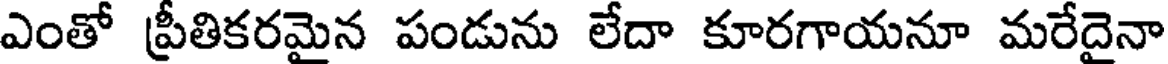
ఎంతో ప్రీతికరమైన పండును లేదా కూరగాయనూ మరేదైనా